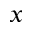
x